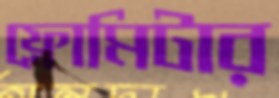
ফ্লোমিটার